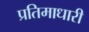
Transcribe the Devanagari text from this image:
प्रतिमाधारी